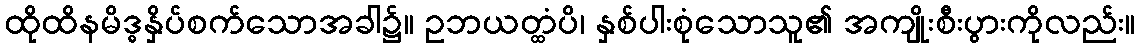
ထိုထိနမိဒ္ဓနှိပ်စက်သောအခါ၌။ ဥဘယတ္ထံပိ၊ နှစ်ပါးစုံသောသူ၏ အကျိုးစီးပွားကိုလည်း။